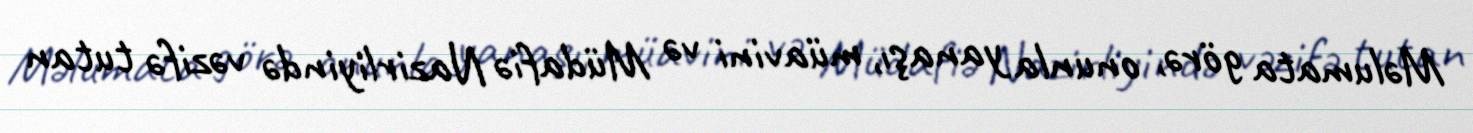
Məlumata görə, onunla yanaşı, müavini və Müdafiə Nazirliyində vəzifə tutan